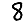
Digit: 8